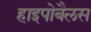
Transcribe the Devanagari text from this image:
हाइपोबैलस